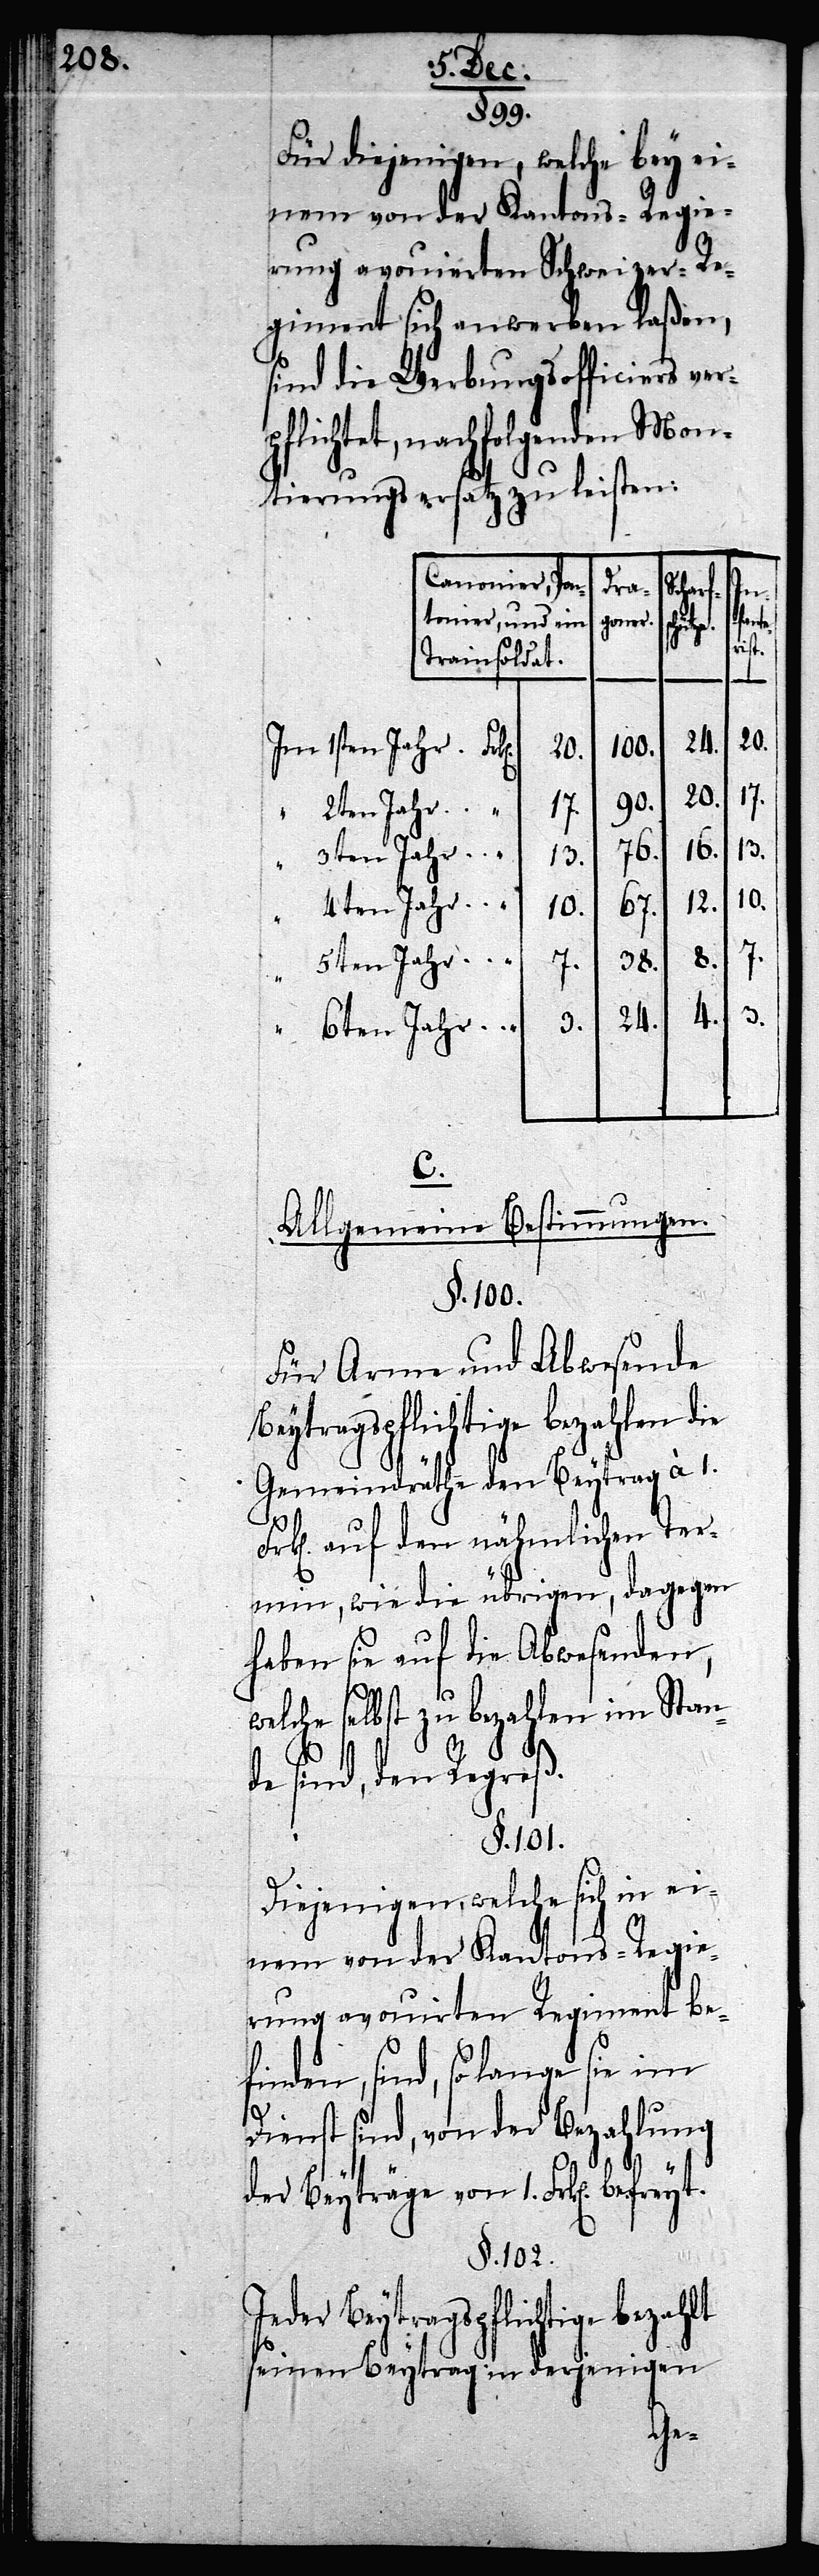
§. 99.
Für diejenigen, welche bey ei¬
rung avouierten Schweizer-Re¬
giment sich anwerben laßen,
sind die Werbungsofficiers ver¬
pflichtet, nachfolgenden Mon¬
tierungsersatz zu leisten:
Canonier, Pon¬
Dra¬
bef¬
tonier, und ein
goner.
ütze.
Trainsoldat.
Im 1sten Jahr.
100.
20.
20.
90.
17.
“ 2ten Jahr.
16.
76.
3ten Jahr.
13.
“
12.
4ten Jahr.
67.
10.
reyt.
38.
“ 5ten Jahr.
7.
4.
24.
3.
6ten Jahr.
C.
Allgemeine Bestimmungen.
§. 100.
Für Arme und Abwesende
Beytragspflichtige bezahlen die
Gemeindräthe den Beytrag à 1.
k[en]. auf den nähmlichen Ter¬
min, wie die übrigen, dagegen
haben sie auf die Abwesenden,
welche selbst zu bezahlen im Stan¬
de sind, den Regreß.
§. 101.
Diejenigen, welche sich in ei¬
nem von der Kantons-Regie¬
rung avouirten Regiment be¬
finden, sind, so lange sie im
Dienst sind, von der Bezahlung
der Beyträge von 1. Frk[en].
§. 102.
Jeder Beytragspflichtige bezahlt
seinen Beytrag in derjenigen

In¬
fante¬
rist.
8.
7.
10.
3.